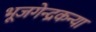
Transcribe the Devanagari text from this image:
भूजगेन्द्रकन्या